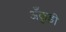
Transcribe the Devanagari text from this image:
अँकुड़ी